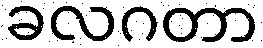
ခလဂတာ